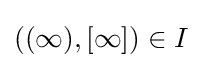
((\infty ),[\infty ])\in I